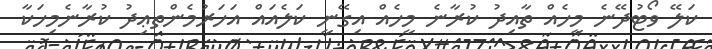
ކަލޭ ވޯޓުދޭނެ މީހެއް ތާއިދު ކުރާނެ މީހެއް އިގޭނީ ކަލެއައް އަހަރުމެންތޢިދު ކުރާނެމިހަކާ